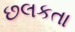
છલકતા